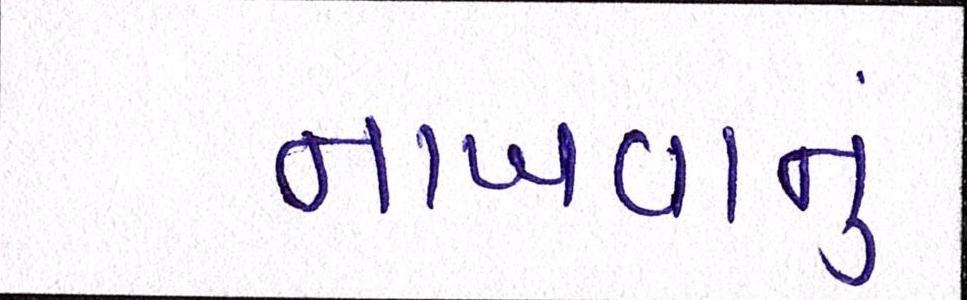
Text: નાખવાનું